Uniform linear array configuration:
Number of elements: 32
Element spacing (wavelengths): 0.75
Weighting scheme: kaiser
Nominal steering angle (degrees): -60
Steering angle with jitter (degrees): -58.264
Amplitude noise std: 0.05
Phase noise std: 0.05

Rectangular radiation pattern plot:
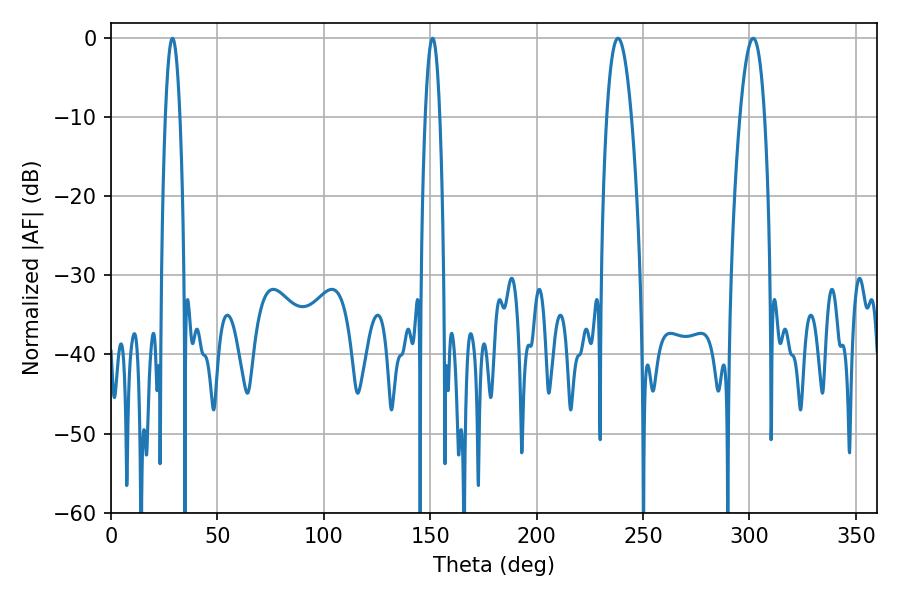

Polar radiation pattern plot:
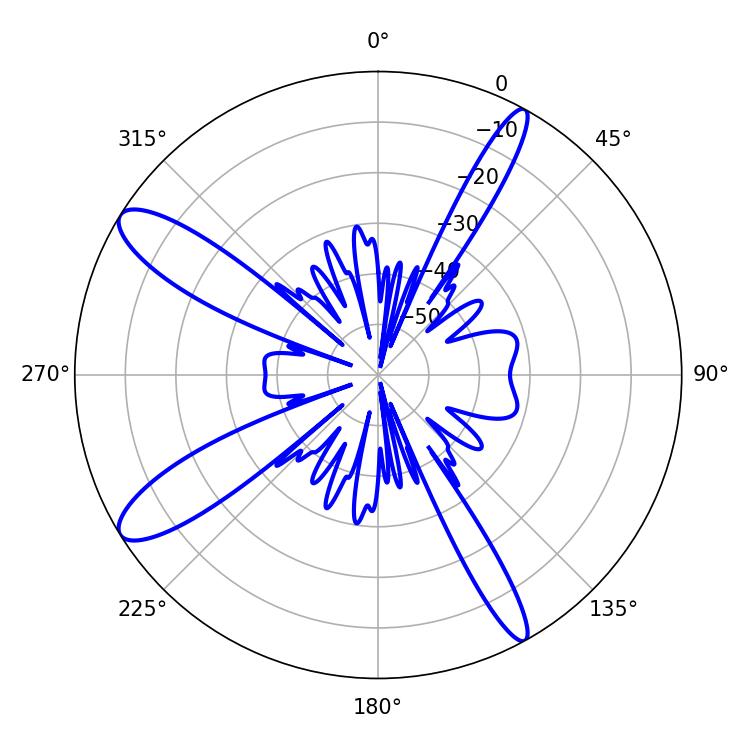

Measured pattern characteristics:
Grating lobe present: TRUE
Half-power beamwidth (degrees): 6.3
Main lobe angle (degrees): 301.68